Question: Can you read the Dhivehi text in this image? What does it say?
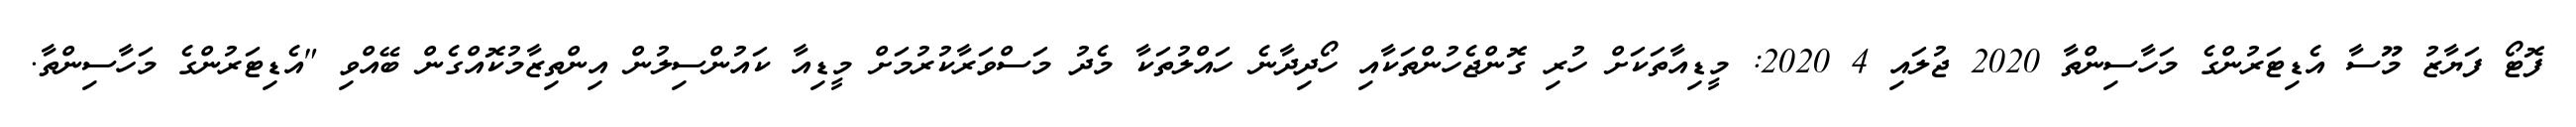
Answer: ފޮޓޯ ފަޔާޒު މޫސާ އެޑިޓަރުންގެ މަހާސިންތާ 2020 ޖުލައި 4 2020: މީޑިއާތަކަށް ހުރި ގޮންޖެހުންތަކާއި ހޯދިދާނެ ހައްލުތަކާ މެދު މަސްވަރާކުރުމަށް މީޑިއާ ކައުންސިލުން އިންތިޒާމުކޮއްގެން ބޭއްވި "އެޑިޓަރުންގެ މަހާސިންތާ.